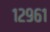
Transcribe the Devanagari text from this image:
१२९६१